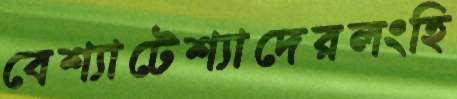
বেশ্যাটেশ্যাদেরলংহি